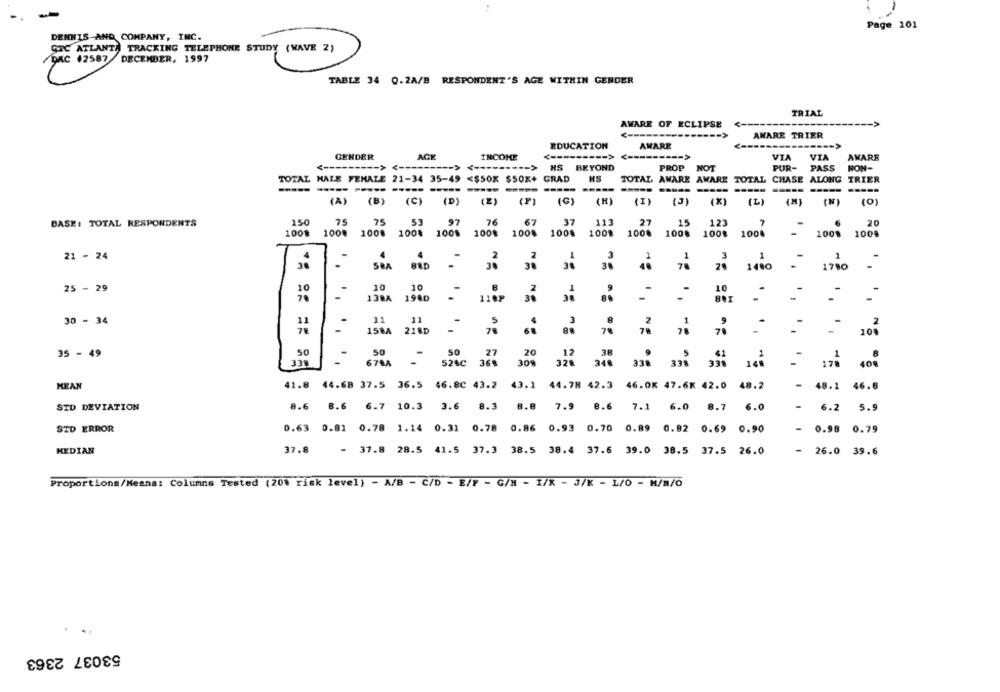
Page 101
DENNIS-AND COMPANY, INC.
STC ATLANTA TRACKING TELEPHONE STUDY (WAVE 2)
/DKC 42587 DECEMBER, 1997
TABLE 34 0.2A/B RESPONDENT'S AGE WITHIN GENDER
TRIAL
AWARE OF ECLIPSE
AWARE TRIER
EDUCATION
AMARE
GENDER
AGE
INCOME
<--------- >
---- >
VIA
VIA
AWARE
HS BEYOND
PROP
NOT
PUR-
PASS
NON-
TOTAL HALE FEMALE 21-34 35-49
<$50X $50X+ GRAD
HS
TOTAL AWARE AWARE TOTAL CHASE ALONG
TRIER
(A)
(B)
(C)
(D)
(P)
(G)
(H)
(L)
(M)
(2)
(I)
(3)
(X)
(N)
(0)
150
75
75
53
97
76
67
37
113
27
15
123
20
BASE: TOTAL RESPONDENTS
100%
1000
100.
100%
100%
100%
100%
100%
1001
100.
100%
100%
1008
1008
100
21 - 24
4
-
-
2
1
3
1
3
2
1
1
BED
38
30
1400
1700 -
25 - 29
10
10
8
1
10
-
13BA
1940
110P
38
8
30 - 34
11
-
11
11
5
3
2
15BA
218D
78
78
79
50
50
50
20
38
35 - 49
.27
.12
9
338
678A
524C
30%
326
340
33% 338
930
MEAN
41.8 44.68 37.5 36.5 46.80 43.2
43.1
44.78 42.3 46.0K 47.6K 42.0 48.2
48.1 46.8
SID DEVIATION
8.6
8.6 6.7 10.3 3.6 8.3
8.8
7.9
8.6
7.1 6.0 8.7
6.0
6.2 5.9
STD ERROR
0.63 0.81 0.78 1.14 0.31 0.78 0.86 0.93 0.70 0.89 0.82 0.69 0.90
- 0.98 0.79
MEDIAN
37.8
- 37.8 28.5 41.5 37.3
38.5 38.4 37.6 39.0 38.5 37.5 26.0
- 26.0 39.6
Proportions/Means: Columns Tested (20% risk level) - A/B - C/D - E/F - G/H - I/X - 3/K - L/O - H/B/O
53037 2363